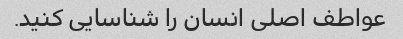
عواطف اصلی انسان را شناسایی کنید.